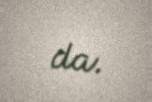
da.